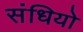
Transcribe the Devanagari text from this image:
संधियो